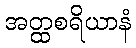
အတ္ထစရိယာနံ